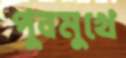
পুবমুখে